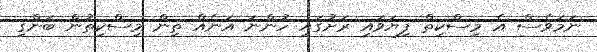
ނަމަވެސް އެ މިސްކިތް ފިޔަވައި ރަށުގައި ހުންނަ އަނެއް ތިން މިސްކިތުން ބަންގި